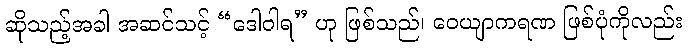
ဆိုသည့်အခါ အဆင်သင့် “ဒေါဝါရ” ဟု ဖြစ်သည်၊ ဝေယျာကရဏ ဖြစ်ပုံကိုလည်း